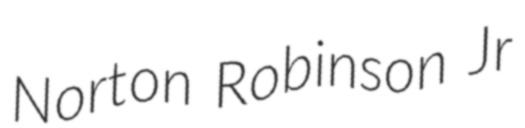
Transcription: Norton Robinson Jr